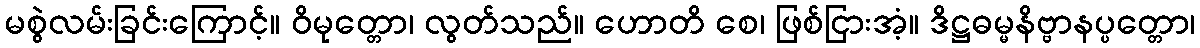
မစွဲလမ်းခြင်းကြောင့်။ ဝိမုတ္တော၊ လွတ်သည်။ ဟောတိ စေ၊ ဖြစ်ငြားအံ့။ ဒိဋ္ဌဓမ္မနိဗ္ဗာနပ္ပတ္တော၊